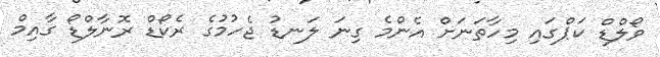
ވޯލްޑް ކަޕްގައި މިހާތަނަށް އެންމެ ގިނަ ލަނޑު ޖެހުމުގެ ރެކޯޑް ރޮނާލްޑޯ ގާއިމް